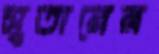
সুতারের